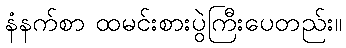
နံနက်စာ ထမင်းစားပွဲကြီးပေတည်း။